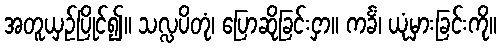
အတူယှဉ်ပြိုင်၍။ သလ္လပိတုံ၊ ပြောဆိုခြင်းငှာ။ ကင်္ခံ၊ ယုံမှားခြင်းကို။